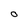
Character: o